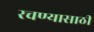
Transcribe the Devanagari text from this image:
रचण्यासाठी